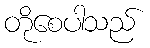
တိုစေပါသည်